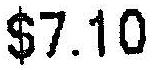
$7.10